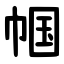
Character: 帼